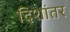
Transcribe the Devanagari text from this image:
दिशांतर